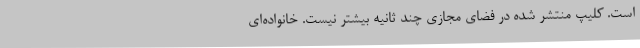
است. کلیپ منتشر شده در فضای مجازی چند ثانیه بیشتر نیست. خانواده‌ای